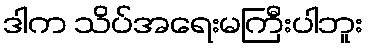
ဒါက သိပ်အရေးမကြီးပါဘူး